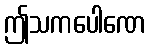
ဤသကပေါဏေ